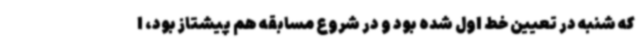
که شنبه در تعیین خط اول شده بود و در شروع مسابقه هم پیشتاز بود، ا